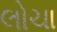
લોચા